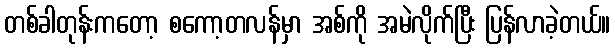
တစ်ခါတုန်းကတော့ စကော့တလန်မှာ အစ်ကို အမဲလိုက်ပြီး ပြန်လာခဲ့တယ်။